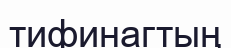
тифинагтың